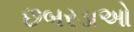
છબરડાઓ